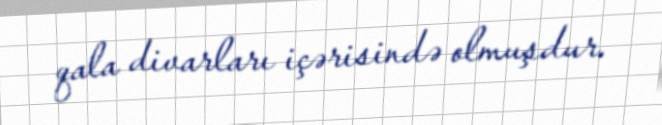
qala divarları içərisində olmuşdur.